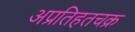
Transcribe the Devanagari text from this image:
अप्रतिहतचक्र